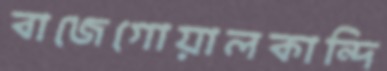
বাজেগোয়ালকান্দি